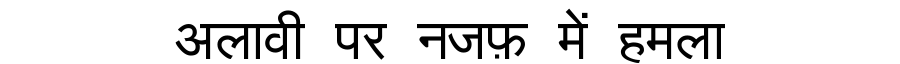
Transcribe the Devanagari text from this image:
अलावी पर नजफ़ में हमला